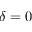
\delta = 0